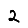
Digit: 2